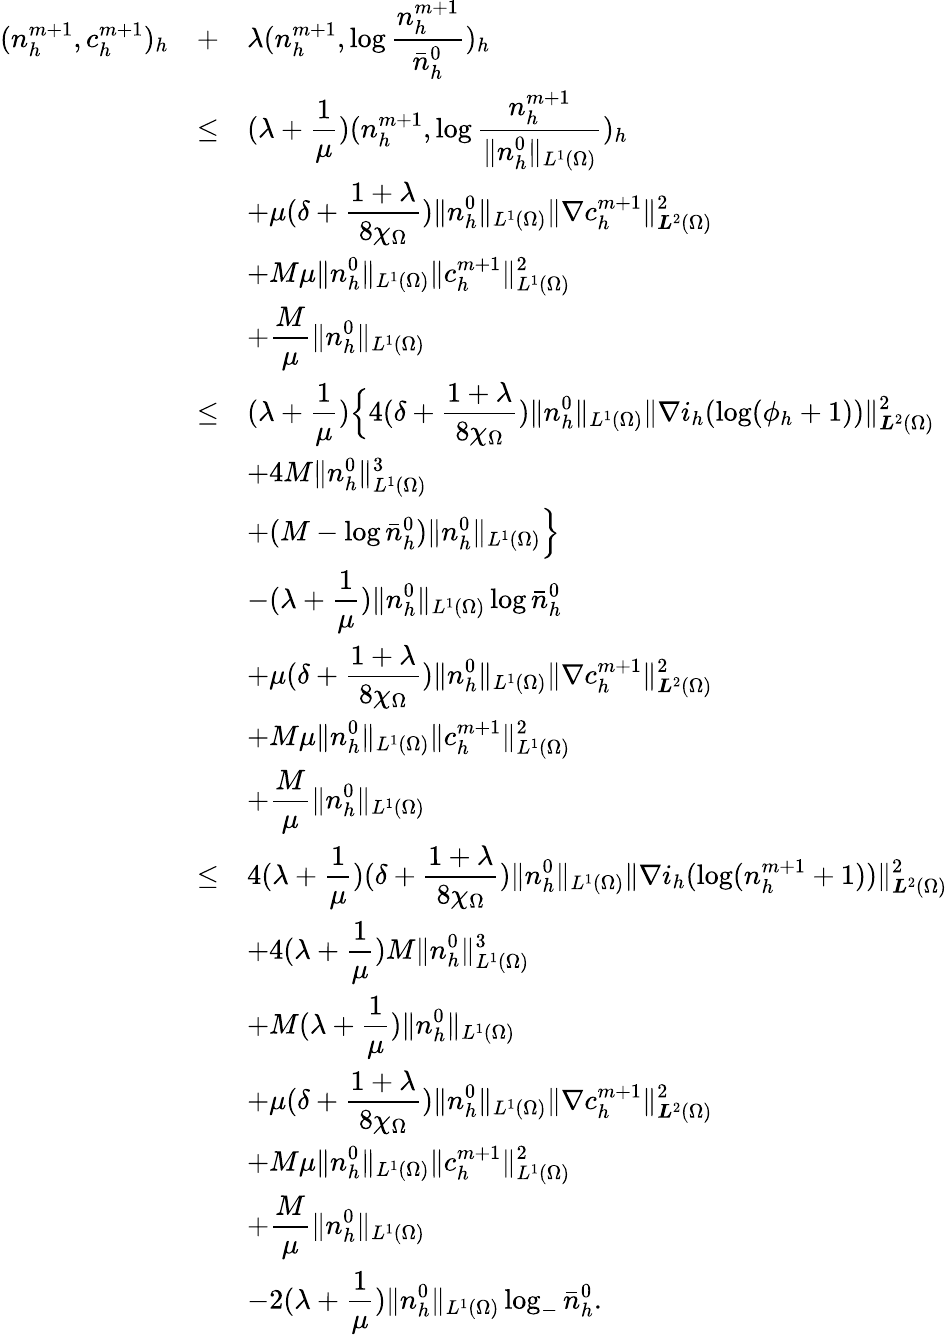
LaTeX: \begin{array}{rcl}{(n_{h}^{m+1},c_{h}^{m+1})_{h}}&{+}&{\displaystyle\lambda(n_{h}^{m+1},\log\frac{n_{h}^{m+1}}{\bar{n}_{h}^{0}})_{h}}\\ &{\le}&{\displaystyle(\lambda+\frac{1}{\mu})(n_{h}^{m+1},\log\frac{n_{h}^{m+1}}{\| n_{h}^{0}\| _{L^{1}(\Omega)}})_{h}}\\ &&{\displaystyle+\mu(\delta+\frac{1+\lambda}{8\chi_{\Omega}})\| n_{h}^{0}\| _{L^{1}(\Omega)}\| \nabla c_{h}^{m+1}\| _{{\boldsymbol L}^{2}(\Omega)}^{2}}\\ &&{\displaystyle+M\mu\| n_{h}^{0}\| _{L^{1}(\Omega)}\| c_{h}^{m+1}\| _{L^{1}(\Omega)}^{2}}\\ &&{\displaystyle+\frac{M}{\mu}\| n_{h}^{0}\| _{L^{1}(\Omega)}}\\ &{\le}&{\displaystyle(\lambda+\frac{1}{\mu})\Big\{ 4(\delta+\frac{1+\lambda}{8\chi_{\Omega}})\| n_{h}^{0}\| _{L^{1}(\Omega)}\| \nabla i_{h}(\log(\phi_{h}+1))\| _{{\boldsymbol L}^{2}(\Omega)}^{2}}\\ &&{+4M\| n_{h}^{0}\| _{L^{1}(\Omega)}^{3}}\\ &&{+(M-\log\bar{n}_{h}^{0})\| n_{h}^{0}\| _{L^{1}(\Omega)}\Big\} }\\ &&{\displaystyle-(\lambda+\frac{1}{\mu})\| n_{h}^{0}\| _{L^{1}(\Omega)}\log\bar{n}_{h}^{0}}\\ &&{\displaystyle+\mu(\delta+\frac{1+\lambda}{8\chi_{\Omega}})\| n_{h}^{0}\| _{L^{1}(\Omega)}\| \nabla c_{h}^{m+1}\| _{{\boldsymbol L}^{2}(\Omega)}^{2}}\\ &&{\displaystyle+M\mu\| n_{h}^{0}\| _{L^{1}(\Omega)}\| c_{h}^{m+1}\| _{L^{1}(\Omega)}^{2}}\\ &&{\displaystyle+\frac{M}{\mu}\| n_{h}^{0}\| _{L^{1}(\Omega)}}\\ &{\le}&{\displaystyle 4(\lambda+\frac{1}{\mu})(\delta+\frac{1+\lambda}{8\chi_{\Omega}})\| n_{h}^{0}\| _{L^{1}(\Omega)}\| \nabla i_{h}(\log(n_{h}^{m+1}+1))\| _{{\boldsymbol L}^{2}(\Omega)}^{2}}\\ &&{\displaystyle+4(\lambda+\frac{1}{\mu})M\| n_{h}^{0}\| _{L^{1}(\Omega)}^{3}}\\ &&{\displaystyle+M(\lambda+\frac{1}{\mu})\| n_{h}^{0}\| _{L^{1}(\Omega)}}\\ &&{\displaystyle+\mu(\delta+\frac{1+\lambda}{8\chi_{\Omega}})\| n_{h}^{0}\| _{L^{1}(\Omega)}\| \nabla c_{h}^{m+1}\| _{{\boldsymbol L}^{2}(\Omega)}^{2}}\\ &&{\displaystyle+M\mu\| n_{h}^{0}\| _{L^{1}(\Omega)}\| c_{h}^{m+1}\| _{L^{1}(\Omega)}^{2}}\\ &&{\displaystyle+\frac{M}{\mu}\| n_{h}^{0}\| _{L^{1}(\Omega)}}\\ &&{\displaystyle-2(\lambda+\frac{1}{\mu})\| n_{h}^{0}\| _{L^{1}(\Omega)}\log_{-}\bar{n}_{h}^{0}.}\end{array}